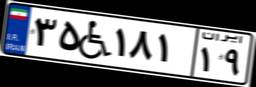
۶۱W۵۶۹۵۲